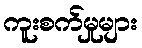
ကူးစက်မှုများ